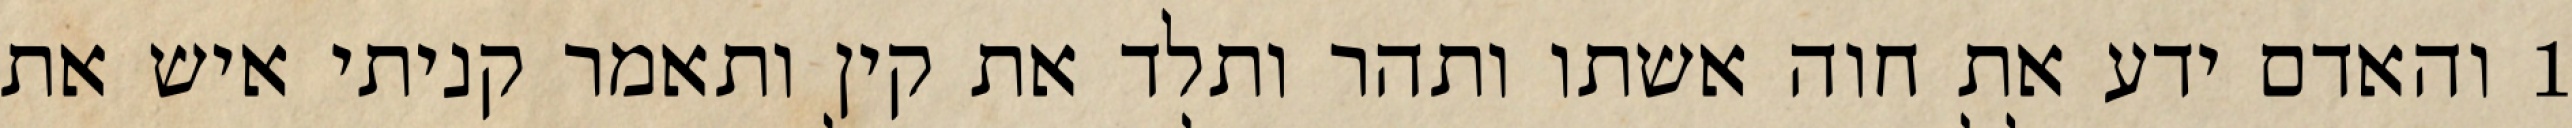
1 והאדם ידע את חוה אשתו ותהר ותלד את קין ותאמר קניתי איש את